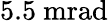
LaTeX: \mathrm{5.5~mrad}